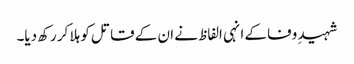
شہیدِ وفا کے انہی الفاظ نے ان کے قاتل کو ہلا کر رکھ دیا۔